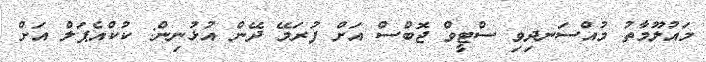
މައުލޫމާތު މުއްސަނދިވި ސްޓީވް ޖޮބްސް އަށް ފުރަމޭ ދޭން އުޅުނިން: ކުކްއެޕަލް އަށް